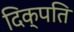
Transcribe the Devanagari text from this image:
दिक्पति